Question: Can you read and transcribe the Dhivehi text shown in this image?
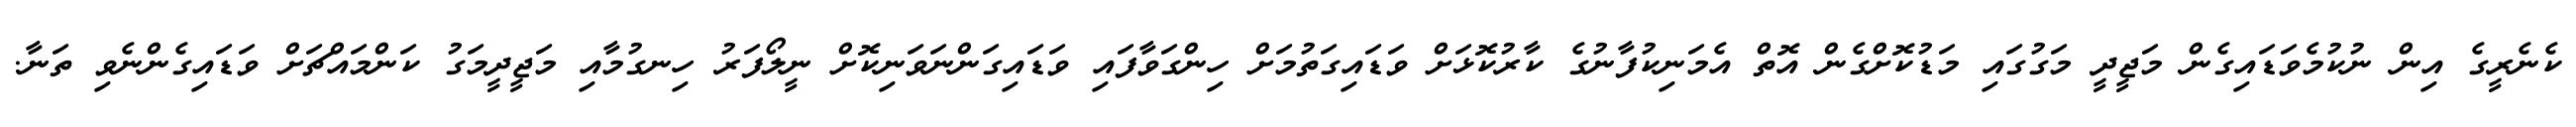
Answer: ކެނެރީގެ އިން ނުކުމެވަޑައިގެން މަޖީދީ މަގުގައި މަޑުކޮށްގެން އޮތް އެމަނިކުފާނުގެ ކާރުކޮޅަށް ވަޑައިގަތުމަށް ހިންގަވާފައި ވަޑައިގަންނަވަނިކޮށް ނީލޯފަރު ހިނގުމާއި މަޖީދީމަގު ކަންމައްޗަށް ވަޑައިގެންނެވި ތަނާ.